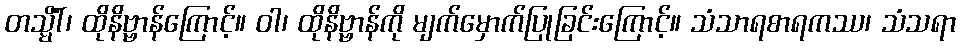
တသ္မိံါ်၊ ထိုနိဗ္ဗာန်ကြောင့်။ ဝါ၊ ထိုနိဗ္ဗာန်ကို မျက်မှောက်ပြုခြင်းကြောင့်။ သံသာရစာရကဿ၊ သံသရာ